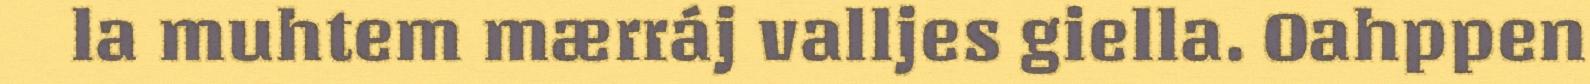
la muhtem mærráj valljes giella. Oahppen